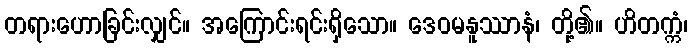
တရားဟောခြင်းလျှင်။ အကြောင်းရင်းရှိသော။ ဒေဝမနူဿာနံ၊ တို့၏။ ဟိတက္ကံ၊